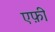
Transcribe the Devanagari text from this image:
एफ़ी